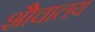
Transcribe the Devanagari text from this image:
शैोचालय